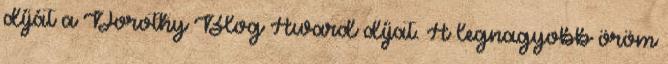
díját a Dorothy Blog Award díjat. A legnagyobb öröm